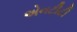
એનટીટી